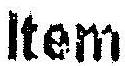
ITEM